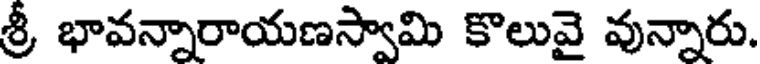
శ్రీ భావన్నారాయణస్వామి కొలువై వున్నారు.